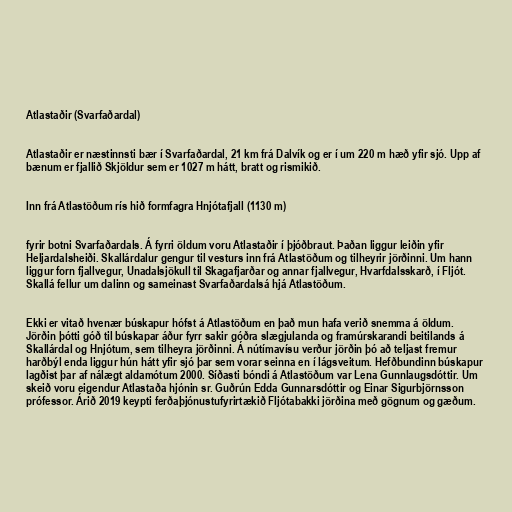
Atlastaðir (Svarfaðardal)

Atlastaðir er næstinnsti bær í Svarfaðardal, 21 km frá Dalvík og er í um 220 m hæð yfir sjó. Upp af
bænum er fjallið Skjöldur sem er 1027 m hátt, bratt og rismikið.

Inn frá Atlastöðum rís hið formfagra Hnjótafjall (1130 m)

fyrir botni Svarfaðardals. Á fyrri öldum voru Atlastaðir í þjóðbraut. Þaðan liggur leiðin yfir
Heljardalsheiði. Skallárdalur gengur til vesturs inn frá Atlastöðum og tilheyrir jörðinni. Um hann
liggur forn fjallvegur, Unadalsjökull til Skagafjarðar og annar fjallvegur, Hvarfdalsskarð, í Fljót.
Skallá fellur um dalinn og sameinast Svarfaðardalsá hjá Atlastöðum.

Ekki er vitað hvenær búskapur hófst á Atlastöðum en það mun hafa verið snemma á öldum.
Jörðin þótti góð til búskapar áður fyrr sakir góðra slægjulanda og framúrskarandi beitilands á
Skallárdal og Hnjótum, sem tilheyra jörðinni. Á nútímavísu verður jörðin þó að teljast fremur
harðbýl enda liggur hún hátt yfir sjó þar sem vorar seinna en í lágsveitum. Hefðbundinn búskapur
lagðist þar af nálægt aldamótum 2000. Síðasti bóndi á Atlastöðum var Lena Gunnlaugsdóttir. Um
skeið voru eigendur Atlastaða hjónin sr. Guðrún Edda Gunnarsdóttir og Einar Sigurbjörnsson
prófessor. Árið 2019 keypti ferðaþjónustufyrirtækið Fljótabakki jörðina með gögnum og gæðum.